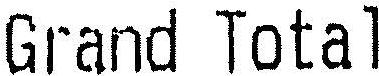
GRAND TOTAL